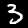
Digit: 3